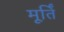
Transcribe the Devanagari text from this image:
मूर्तिं